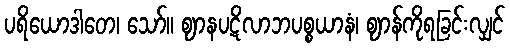
ပရိယောဒါတေ၊ သော်။ ဈာနပဋိလာဘပစ္စယာနံ၊ ဈာန်ကိုရခြင်းလျှင်